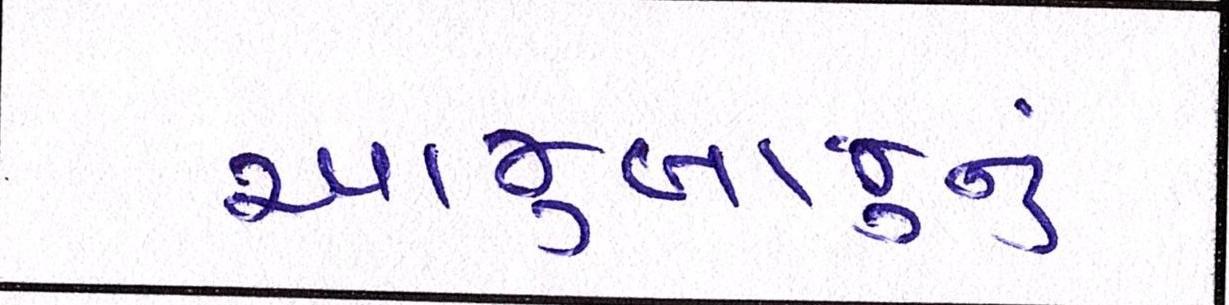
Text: આજુબાજુનું